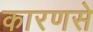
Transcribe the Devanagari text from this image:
कारणसे